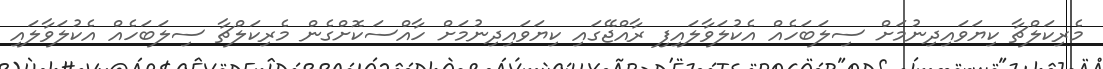
މެރިކަލްޗާ ކިޔަވައިދިނުމަށް ސިލަބަހެއް އެކުލަވާލައިފި ރާއްޖޭގައި ކިޔަވައިދިނުމަށް ހާއްސަކޮށްގެން މެރިކަލްޗާ ސިލަބަހެއް އެކުލަވާލައި